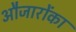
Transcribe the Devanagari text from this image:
औजारोंका